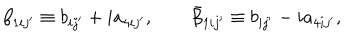
LaTeX: \beta _ { 1 i j ^ { \prime } } \equiv b _ { i j ^ { \prime } } + i a _ { 4 i j ^ { \prime } } , \qquad \bar { \beta } _ { 1 i j ^ { \prime } } \equiv b _ { i j ^ { \prime } } - i a _ { 4 i j ^ { \prime } } ,